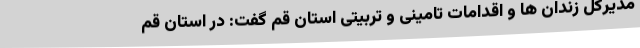
مدیرکل زندان ها و اقدامات تامینی و تربیتی استان قم گفت: در استان قم